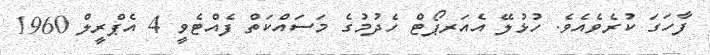
ފާހަގަ ކުރެވެއެވެ. ހުޅުލޭ އެއަރޕޯޓް ހެދުމުގެ މަސައްކަތް ފެއްޓެވީ 4 އެޕްރީލް 1960